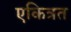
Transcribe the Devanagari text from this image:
एकित्रत